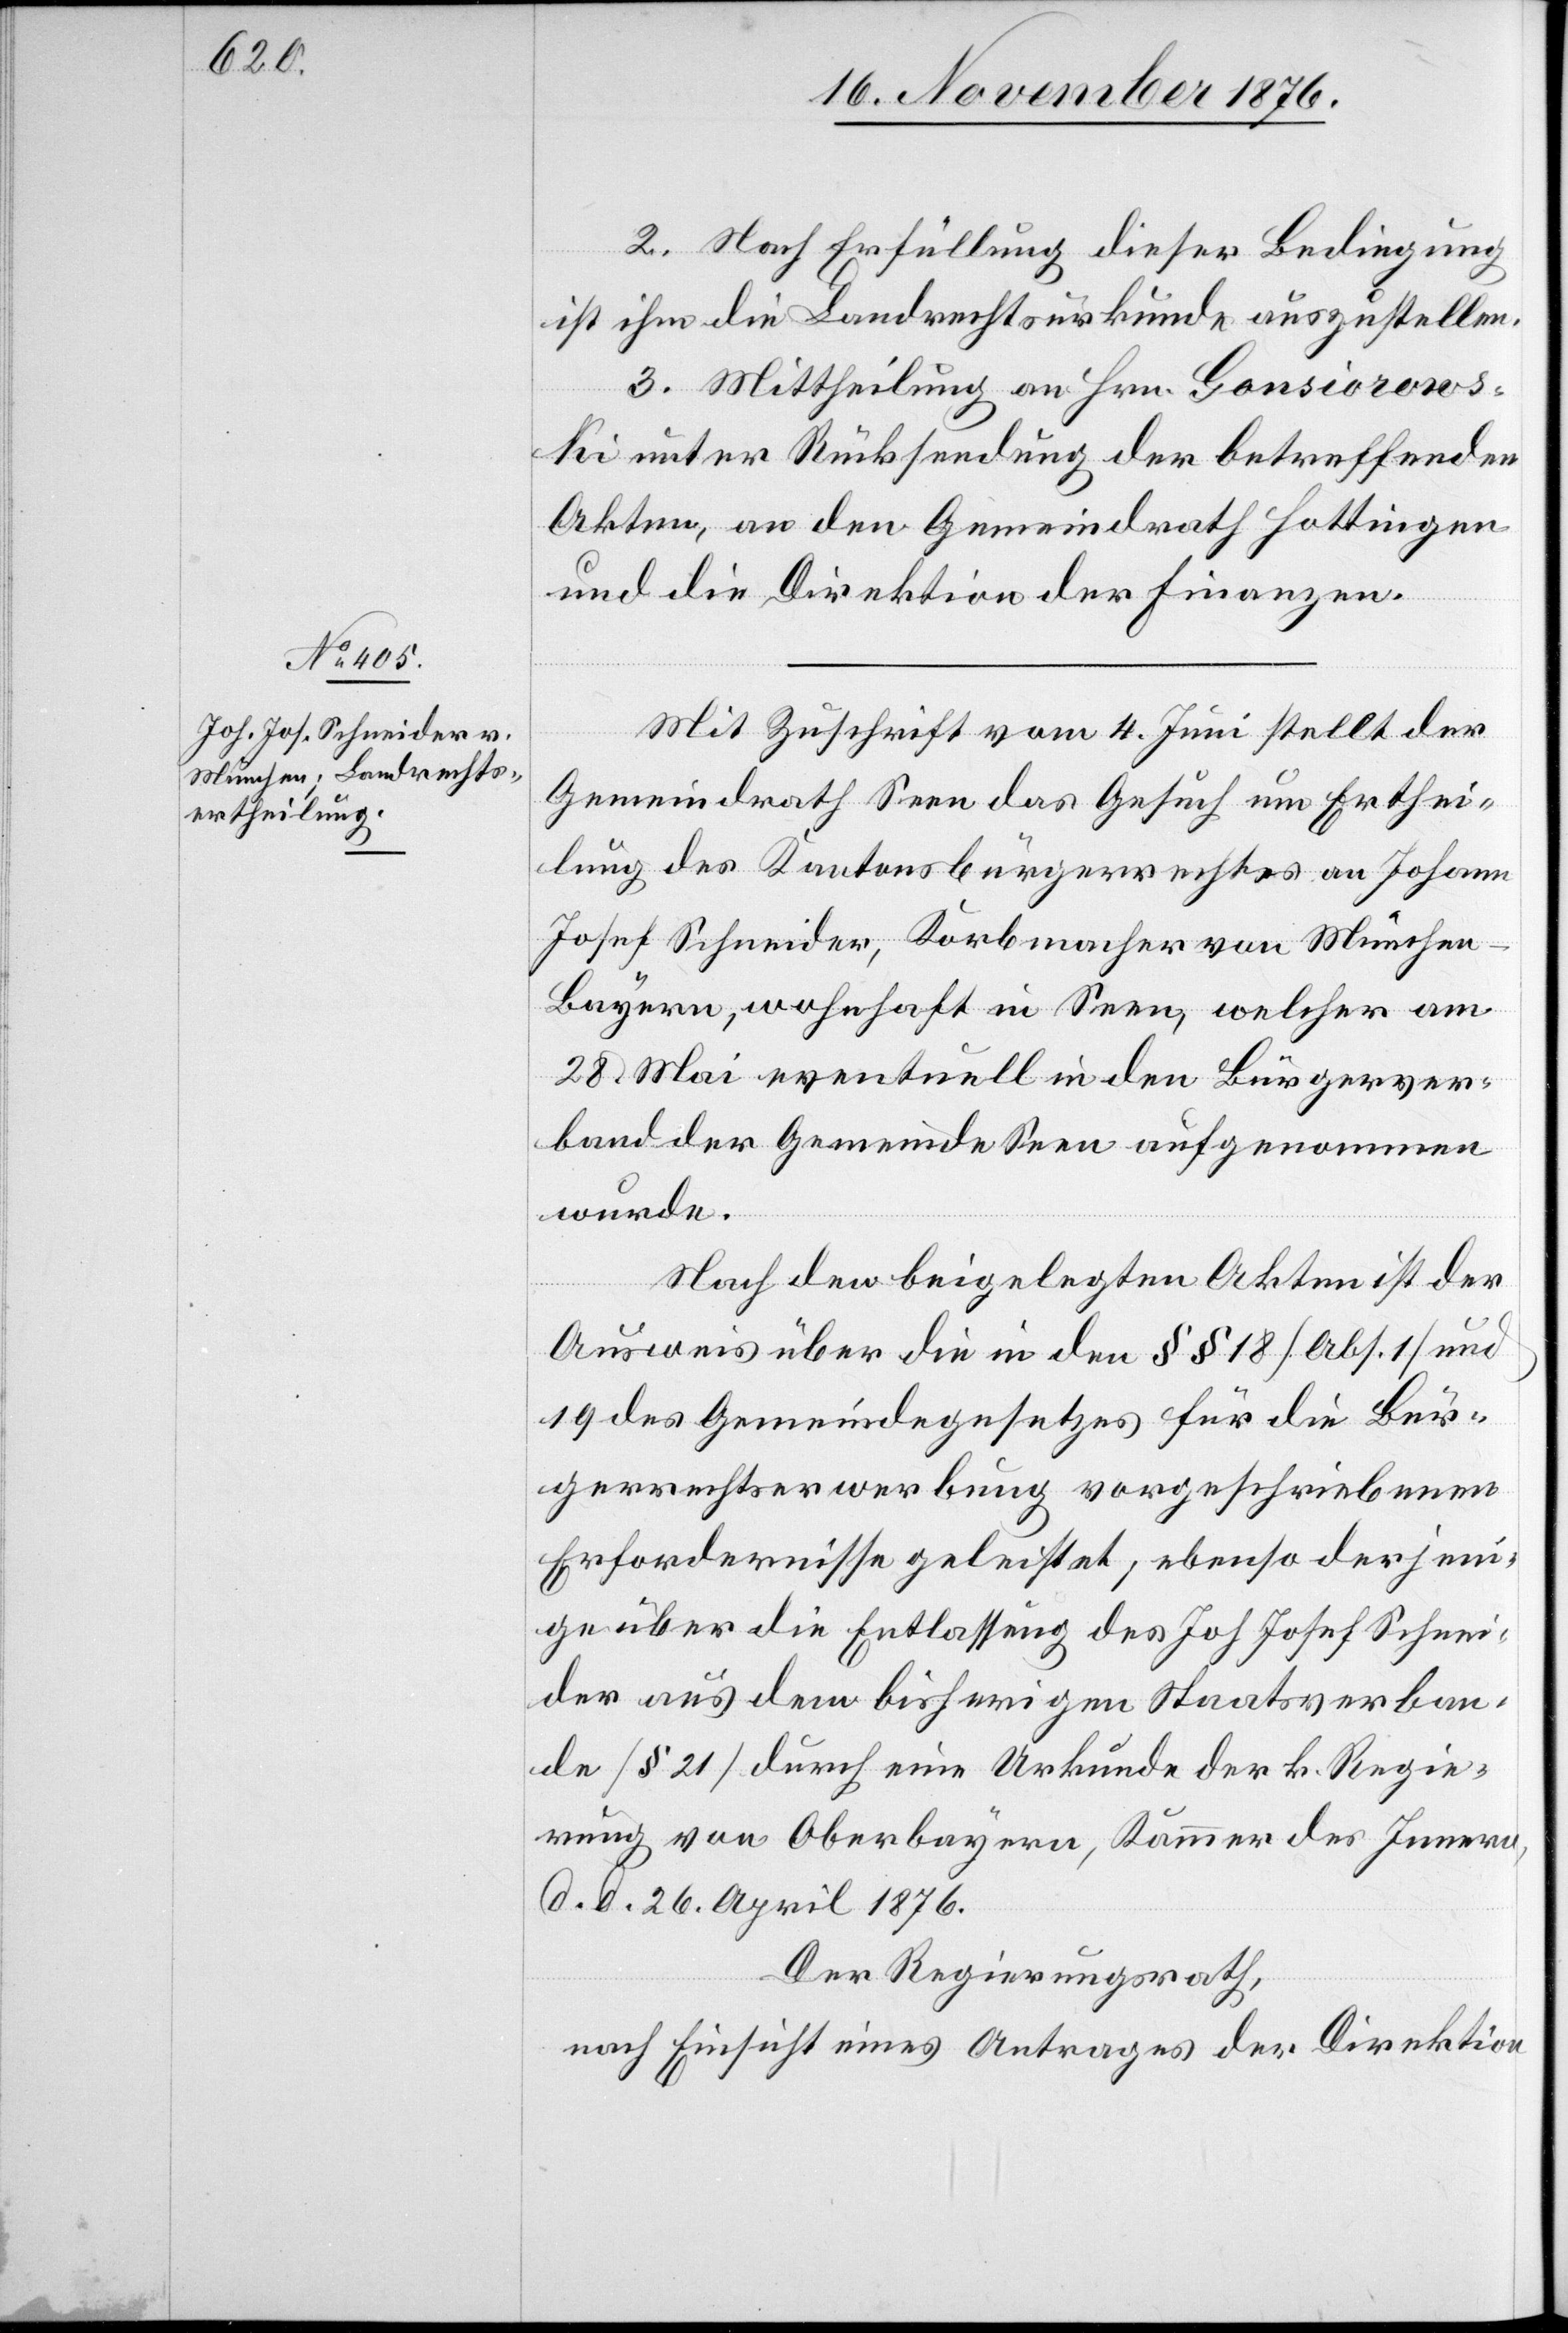
Mit Zuschrift vom 4. Juni stellt der
Gemeindrath Seen das Gesuch um Erthei¬
lung des Kantonsbürgerrechtes an Johann
Josef Schneider, Korbmacher von München
-
Bayern, wohnhaft in Seen, welcher am
28. Mai eventuell in den Bürgerver¬
band der Gemeinde Seen aufgenommen
wurde.
Nach den beigelegten Akten ist der
Ausweis über die in den §§ 18 [Abs. 1] und
19 des Gemeindegesetzes für die Bür¬
gerrechtserwerbung vorgeschriebenen
Erfordernisse geleistet; ebenso derjeni¬
ge über die Entlassung des Joh. Josef Schnei¬
der aus dem bisherigen Staatsverban¬
de [§ 21] durch eine Urkunde der k. Regie¬
rung von Oberbayern, Kammer des Innern,
d. d. 26. April 1876.
Der Regierungsrath,
nach Einsicht eines Antrages der Direktion